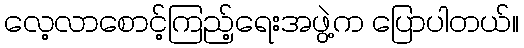
လေ့လာစောင့်ကြည့်ရေးအဖွဲ့က ပြောပါတယ်။